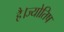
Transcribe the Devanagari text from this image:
है।ज्योतिष